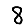
Digit: 8